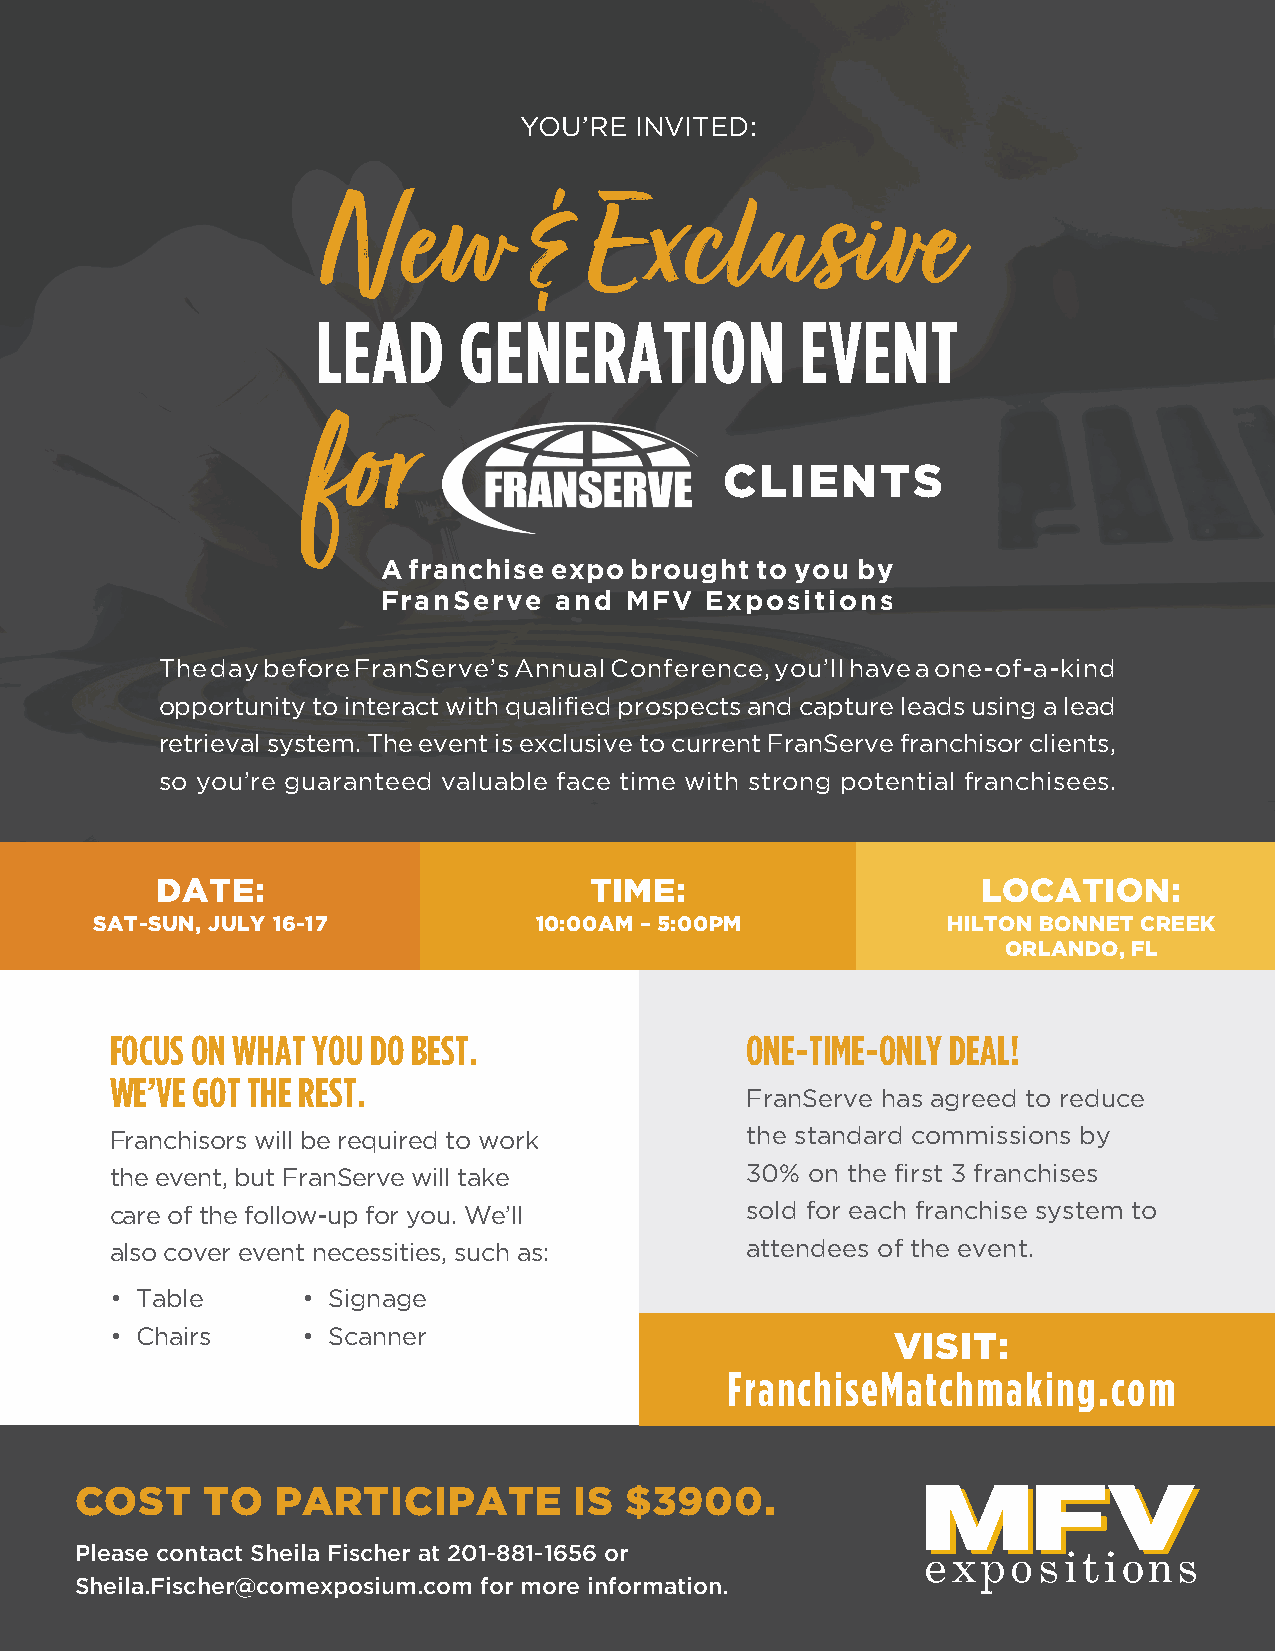
YOU’RE  INVITED:
 New           &   Exclusive
 LEAD     GENERATION             EVENT
 f  o  r
 CLIENTS
 A franchise expo brought to you by
 FranServe   and MFV   Expositions
 The day before FranServe’s Annual Conference, you’ll have a one-of-a-kind
 opportunity to interact with qualified prospects and capture leads using a lead
 retrieval system. The event is exclusive to current FranServe franchisor clients,
 so you’re guaranteed valuable face time with strong potential franchisees.
 DATE:                        TIME:                     LOCATION:
 SAT-SUN, JULY 16-17          10:00AM – 5:00PM            HILTON BONNET CREEK
 ORLANDO, FL
 FOCUS ON WHAT YOU DO BEST.                ONE-TIME-ONLY DEAL!
 WE’VE GOT THE REST.
 FranServe has agreed to reduce
 Franchisors will be required to work      the standard commissions by
 the event, but FranServe will take        30% on the first 3 franchises
 care of the follow-up for you. We’ll      sold for each franchise system to
 also cover event necessities, such as:    attendees of the event.
 • Table      • Signage
 • Chairs     • Scanner                              VISIT:
 FranchiseMatchmaking.com
 COST    TO   PARTICIPATE         IS $3900.
 Please contact Sheila Fischer at 201-881-1656 or
 Sheila.Fischer@comexposium.com for more information.